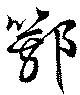
鄂